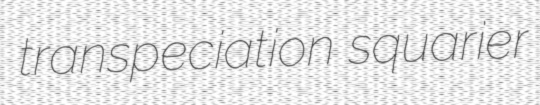
transpeciation squarier